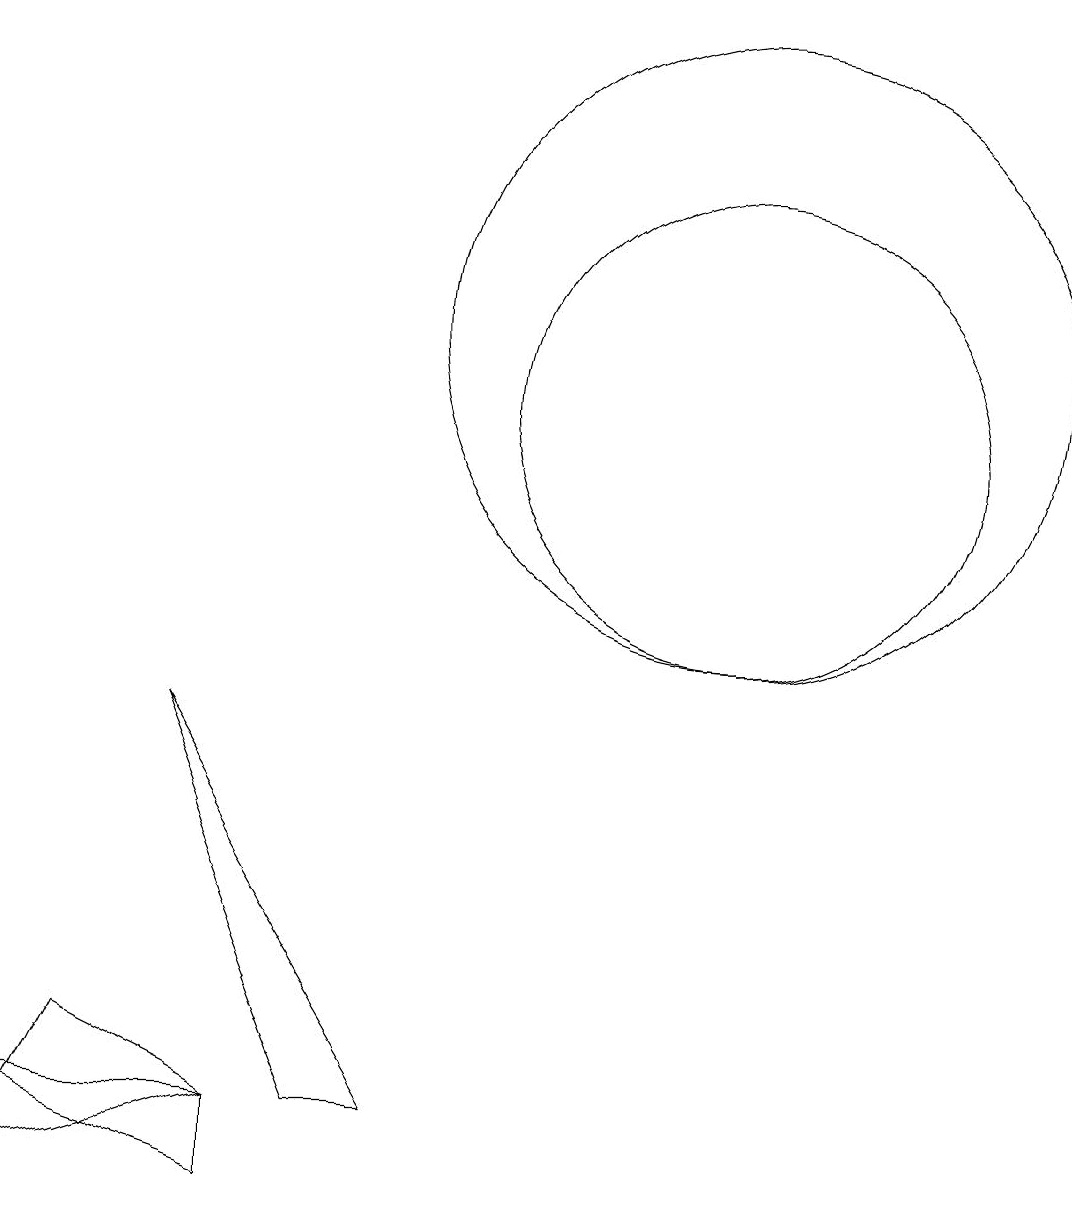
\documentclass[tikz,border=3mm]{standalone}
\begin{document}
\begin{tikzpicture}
\draw (4,0) -- (4,1) -- (1,1) -- cycle;
\draw (10,10) circle (3);
\draw (6,1) -- (3,6) -- (5,1) -- cycle;
\draw (10,11) circle (4);
\draw (4,1) -- (1,0) -- (2,2) -- cycle;
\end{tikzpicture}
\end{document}